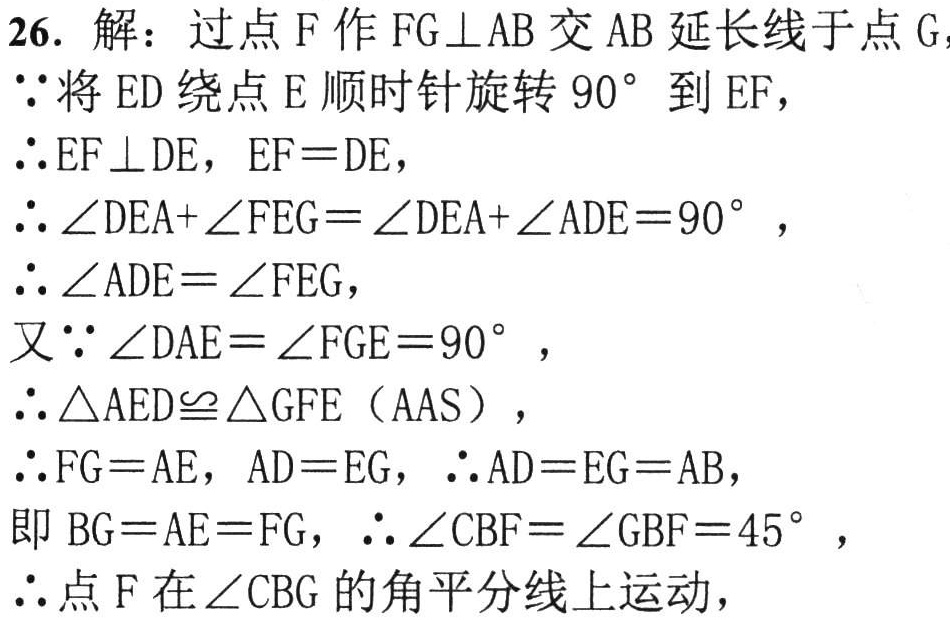
26. 解：过点 \(F\) 作 \(FG\perp AB\) 交 \(AB\) 延长线于点 \(G\)，

\(\because\) 将 \(ED\) 绕点 \(E\) 顺时针旋转 \(90^{\circ}\) 到 \(EF\)，

\(\therefore EF\perp DE\)，\(EF = DE\)，

\(\therefore\angle DEA+\angle FEG=\angle DEA+\angle ADE = 90^{\circ}\)，

\(\therefore\angle ADE=\angle FEG\)，

又\(\because\angle DAE=\angle FGE = 90^{\circ}\)，

\(\therefore\triangle AED\cong\triangle GFE\)（AAS），

\(\therefore FG = AE\)，\(AD = EG\)，\(\therefore AD = EG = AB\)，

即 \(BG = AE = FG\)，\(\therefore\angle CBF=\angle GBF = 45^{\circ}\)，

\(\therefore\) 点 \(F\) 在 \(\angle CBG\) 的角平分线上运动，